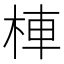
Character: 𣒞